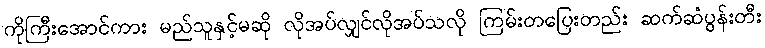
ကိုကြီးအောင်ကား မည်သူနှင့်မဆို လိုအပ်လျှင်လိုအပ်သလို ကြမ်းတပြေးတည်း ဆက်ဆံပွန်းတီး